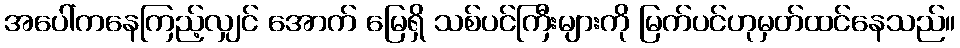
အပေါ်ကနေကြည့်လျှင် အောက် မြေရှိ သစ်ပင်ကြီးများကို မြက်ပင်ဟုမှတ်ထင်နေသည်။